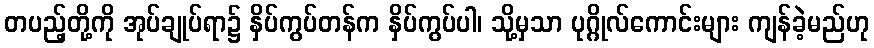
တပည့်တို့ကို အုပ်ချုပ်ရာ၌ နှိပ်ကွပ်တန်က နှိပ်ကွပ်ပါ၊ သို့မှသာ ပုဂ္ဂိုလ်ကောင်းများ ကျန်ခဲ့မည်ဟု